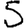
Digit: 5